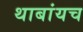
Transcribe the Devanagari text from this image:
थाबांयच